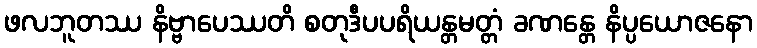
ဖလဘူတဿ နိဗ္ဗာပေဿတိ စတုဒီပပရိယန္တမတ္တံ ခဏန္တေ နိပ္ပယောဇနော